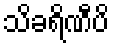
သိခရိဏီပိ